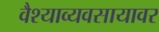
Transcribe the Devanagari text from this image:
वैश्याव्यवसायावर